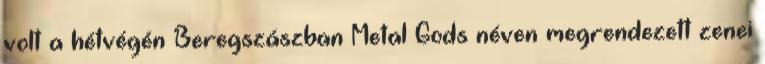
volt a hétvégén Beregszászban Metal Gods néven megrendezett zenei